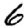
Digit: 6